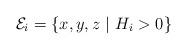
LaTeX: \begin{align*} \left. \begin{array}{l l}\mathcal{E}_i= \{ x,y,z \ | \ H_i > 0 \} \end{array} \right. \end{align*}